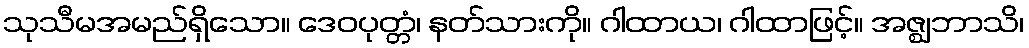
သုသီမအမည်ရှိသော။ ဒေဝပုတ္တံ၊ နတ်သားကို။ ဂါထာယ၊ ဂါထာဖြင့်။ အဇ္ဈဘာသိ၊